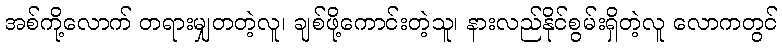
အစ်ကို့လောက် တရားမျှတတဲ့လူ၊ ချစ်ဖို့ကောင်းတဲ့သူ၊ နားလည်နိုင်စွမ်းရှိတဲ့လူ လောကတွင်